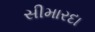
સીમારદા